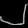
Digit: ၂